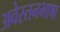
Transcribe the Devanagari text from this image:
अवेस्तनभाषा